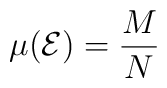
\mu({\cal  E})={M\over N}